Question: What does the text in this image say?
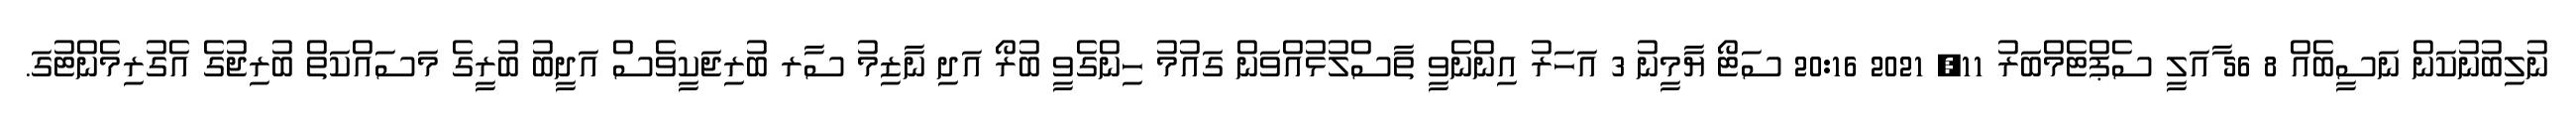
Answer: ނުލިބުނުކަން ނަސީބެއް 8 56 ާއަލީ ސެޕްޓެމްބަރު 11, 2021 20:16 ސަޓޯ ޔާމީނު 3 އަހަރު އިންނެވީ ތާސްލުޅުއްވަން ގައުމު ހިންގެވީ ބުރޯ އަދި ނާޒިމު ސާރ ބުރިޖަކީވެސް އަދީބު ބުރީގެ މަސައްކަތް ބުރިޖުގެ އެގުރިމެންޓުގަ.